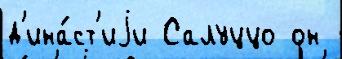
д'ина́ст'иjи Салуццо он